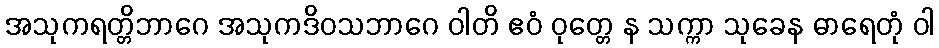
အသုကရတ္တိဘာဂေ အသုကဒိဝသဘာဂေ ဝါတိ ဧဝံ ဝုတ္တေ န သက္ကာ သုခေန ဓာရေတုံ ဝါ